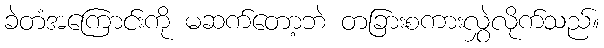
ခဲတံအကြောင်းကို မဆက်တော့ဘဲ တခြားစကားလွှဲလိုက်သည်။